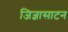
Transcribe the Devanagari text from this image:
जिज्ञासाटन